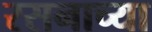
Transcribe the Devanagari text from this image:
रसनाच्या